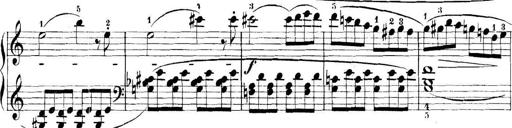
Title: 11 Sonatinas
Composer: Anton Diabelli